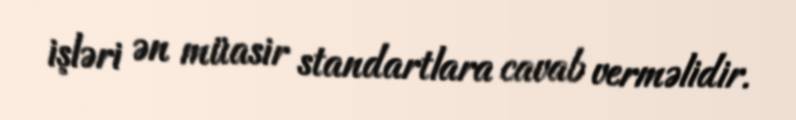
işləri ən müasir standartlara cavab verməlidir.